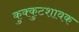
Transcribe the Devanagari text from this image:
कुक्कुटशावक